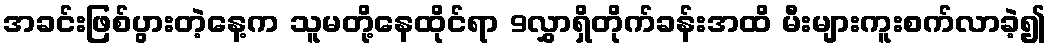
အခင်းဖြစ်ပွားတဲ့နေ့က သူမတို့နေထိုင်ရာ 9လွှာရှိတိုက်ခန်းအထိ မီးများကူးစက်လာခဲ့၍